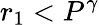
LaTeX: r_{1}<P^{\gamma}